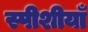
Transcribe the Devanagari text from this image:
स्पीशीयाँ